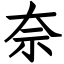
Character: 奈